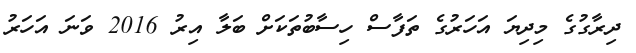
ދިރާގުގެ މިދިޔަ އަހަރުގެ ތަފާސް ހިސާބުތަކަށް ބަލާ އިރު 2016 ވަނަ އަހަރު